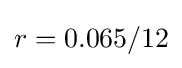
r=0.065/12